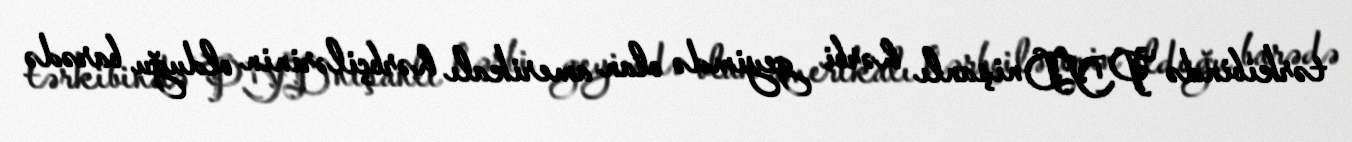
tərkibində PYD nişanlı hərbi geyimdə olan amerikalı hərbçilərinin olduğu barədə